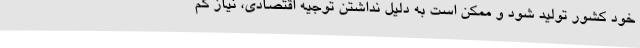
خود کشور تولید شود و ممکن است به دلیل نداشتن توجیه اقتصادی، نیاز کم